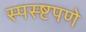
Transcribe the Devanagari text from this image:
स्पस्ष्टपणे